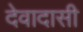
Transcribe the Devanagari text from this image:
देवादासी